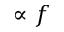
\propto f